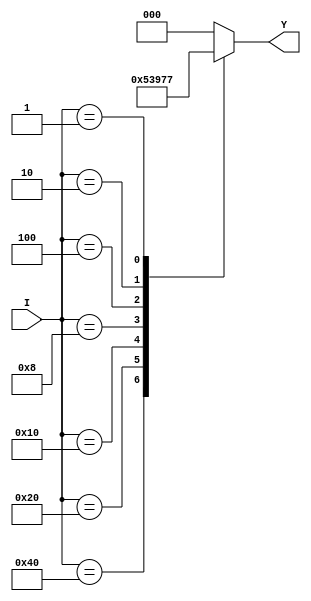
module octal_priority_encoder(
  input [7:0] I,
  output reg [2:0] Y
);

always @(*) begin
  case(I)
    8'b10000000: Y = 3'b000; // If I7 is high
    8'b01000000: Y = 3'b001; // If I6 is high
    8'b00100000: Y = 3'b010; // If I5 is high
    8'b00010000: Y = 3'b011; // If I4 is high
    8'b00001000: Y = 3'b100; // If I3 is high
    8'b00000100: Y = 3'b101; // If I2 is high
    8'b00000010: Y = 3'b110; // If I1 is high
    8'b00000001: Y = 3'b111; // If I0 is high
    default: Y = 3'b000; // Default is all zeros
  endcase
end

endmodule